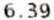
6.39